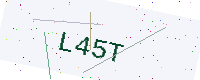
Text: L45T